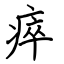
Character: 瘁